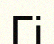
Гі